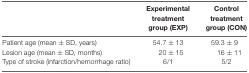
<table><thead><tr><td></td><td><b>Experimental treatment group (EXP)</b></td><td><b>Control treatment group (CON)</b></td></tr></thead><tbody><tr><td>Patient age (mean ± SD, years)</td><td>54.7 ± 13</td><td>59.3 ± 9</td></tr><tr><td>Lesion age (mean ± SD, months)</td><td>20 ± 15</td><td>16 ± 11</td></tr><tr><td>Type of stroke (infarction/hemorrhage ratio)</td><td>6/1</td><td>5/2</td></tr></tbody></table>